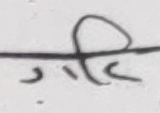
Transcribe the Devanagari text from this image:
ग्दी